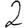
Digit: 2